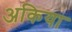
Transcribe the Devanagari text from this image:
अकिया